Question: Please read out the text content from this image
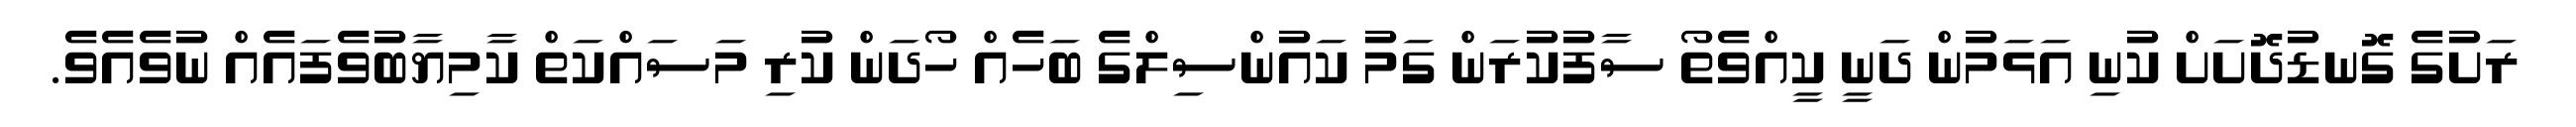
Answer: ރަށުގެ ގޮނޑުދޮށަށް ކުނި އަޅަމުން ދަނީ ކީއްވެތޯ ސާފުކުރަން ގަމު ކައުންސިލްގެ ބަހެއް ހޯދަން ކުރި މަސައްކަތް ކާމިޔާބުވެފައެއް ނުވެއެވެ.